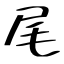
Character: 尾